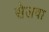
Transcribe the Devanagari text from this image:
सेलवा